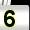
Digit: 5